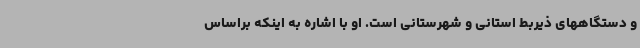
و دستگاههای ذیربط استانی و شهرستانی است. او با اشاره به اینکه براساس